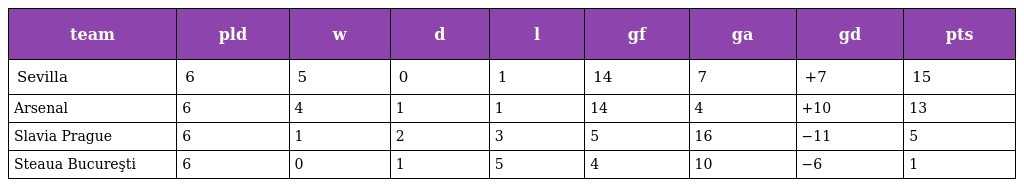
| team | pld | w | d | l | gf | ga | gd | pts |
 | --- | --- | --- | --- | --- | --- | --- | --- | --- |
 | Sevilla | 6 | 5 | 0 | 1 | 14 | 7 | +7 | 15 |
 | Arsenal | 6 | 4 | 1 | 1 | 14 | 4 | +10 | 13 |
 | Slavia Prague | 6 | 1 | 2 | 3 | 5 | 16 | −11 | 5 |
 | Steaua Bucureşti | 6 | 0 | 1 | 5 | 4 | 10 | −6 | 1 |